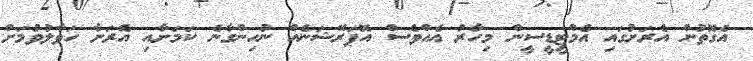
އެގޮތުން އެރަށުގައި އެމްޓީޑީސީން މިހާރު އެއްވެސް އޮޕަރޭޝަނެއް ނުހިންގާނެ ކަމަށާއި އެރަށާ ހަވާލުވުމަށް